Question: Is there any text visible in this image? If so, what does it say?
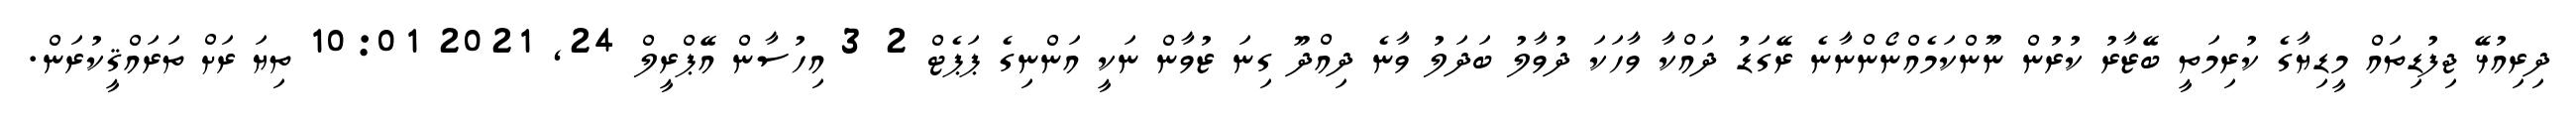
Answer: ދިރިއުޅޭ ޖިފުޑިތައް މީޑިޔާގެ ކުރިމަތީ ބޭޒާރު ކުރުން ނޫންކަމެއްނޯންނާނެ ރޭގަޑު ދައްކާ ވާހަކަ ދުވާލު ބަދަލު ވާނެ ދިއްދޫ ގިނަ ޒުވާން ނަކީ އަންނިގެ ޕަޕެޓް 2 3 އިހުސާން އޭޕްރީލް 24, 2021 10:01 ތިޔަ ރަށް ތަރައްޤީކުރަން.